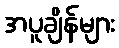
အပူချိန်များ